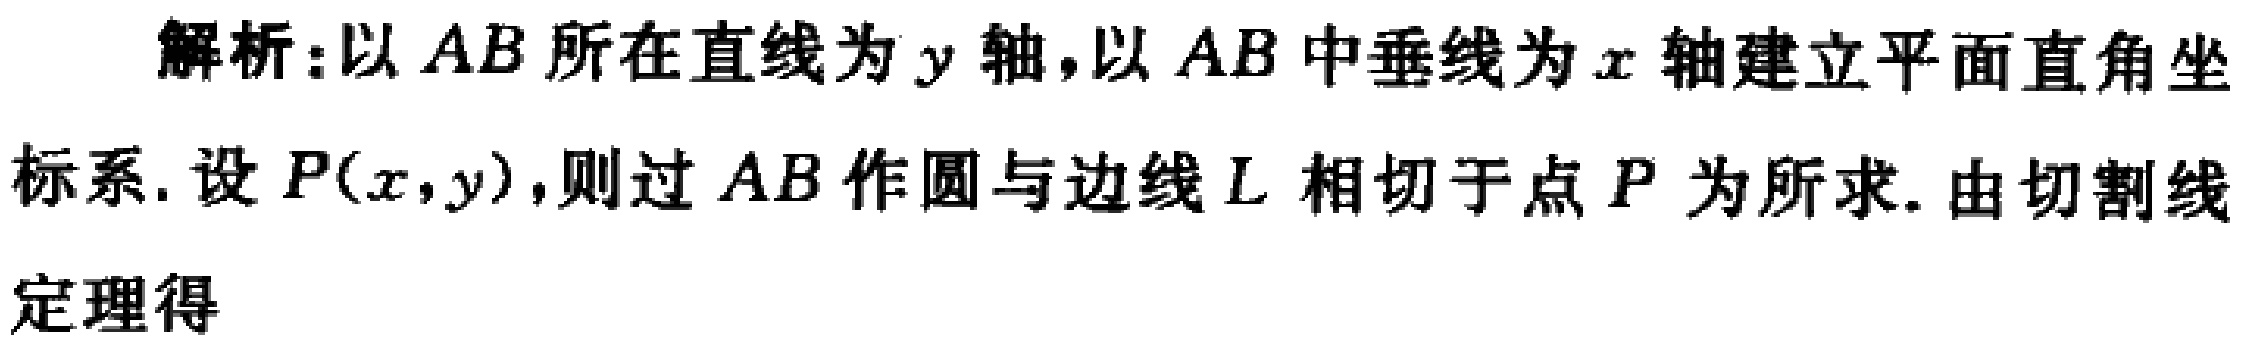
解析：以 \(AB\) 所在直线为 \(y\) 轴，以 \(AB\) 中垂线为 \(x\) 轴建立平面直角坐标系. 设 \(P(x,y)\)，则过 \(AB\) 作圆与边线 \(L\) 相切于点 \(P\) 为所求. 由切割线定理得